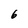
Character: 6